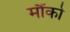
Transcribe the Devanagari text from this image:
मौंको